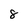
Character: 8